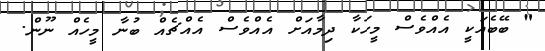
" ބޭބެއަކީ އެއްވެސް މީހަކާ ދިމާއަށް އެއްވެސް އެއްޗެއް ބުނާ މީހެއް ނޫން.